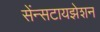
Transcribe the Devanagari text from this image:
सेंन्सटायझेशन